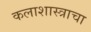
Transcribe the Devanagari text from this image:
कलाशास्त्राचा